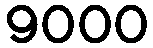
9000